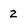
Character: 2